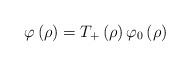
LaTeX: \begin{align*}\varphi\left( \rho\right) =T_{+}\left( \rho\right) \varphi_{0}\left(\rho\right) \end{align*}